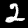
Digit: 2